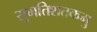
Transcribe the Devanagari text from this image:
सुमतिशतकमु